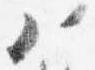
八